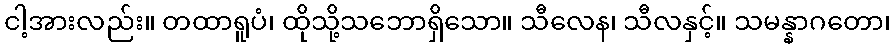
ငါ့အားလည်း။ တထာရူပံ၊ ထိုသို့သဘောရှိသော။ သီလေန၊ သီလနှင့်။ သမန္နာဂတော၊